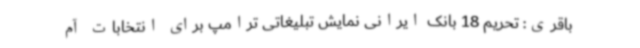
باقری: تحریم 18 بانک ایرانی نمایش تبلیغاتی ترامپ برای انتخابات آم